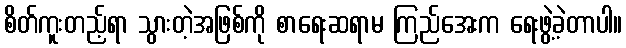
စိတ်ကူးတည့်ရာ သွားတဲ့အဖြစ်ကို စာရေးဆရာမ ကြည်အေးက ရေးဖွဲ့ခဲ့တာပါ။